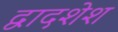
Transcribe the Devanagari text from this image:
द्वादशेश